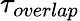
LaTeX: \tau_{overlap}